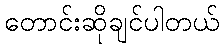
တောင်းဆိုချင်ပါတယ်